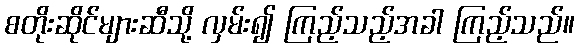
စတိုးဆိုင်များဆီသို့ လှမ်း၍ ကြည့်သည့်အခါ ကြည့်သည်။